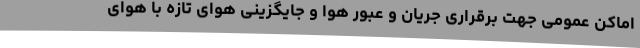
اماکن عمومی جهت برقراری جریان و عبور هوا و جایگزینی هوای تازه با هوای